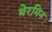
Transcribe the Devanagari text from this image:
थेरमिन